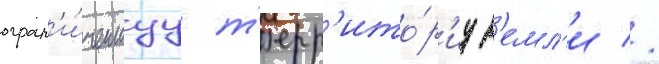
огран'и́ченнуу т'ерр'ито́р'иу з'емл'и //